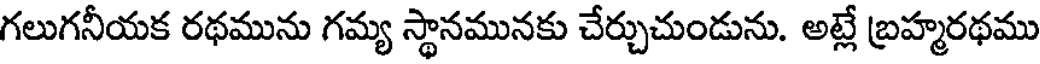
గలుగనీయక రథమును గమ్య స్థానమునకు చేర్చుచుండును. అట్లే బ్రహ్మరథము